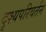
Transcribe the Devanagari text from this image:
दृश्यपरिवर्तन